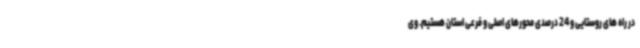
در راه های روستایی و 24 درصدی محورهای اصلی و فرعی استان هستیم. وی